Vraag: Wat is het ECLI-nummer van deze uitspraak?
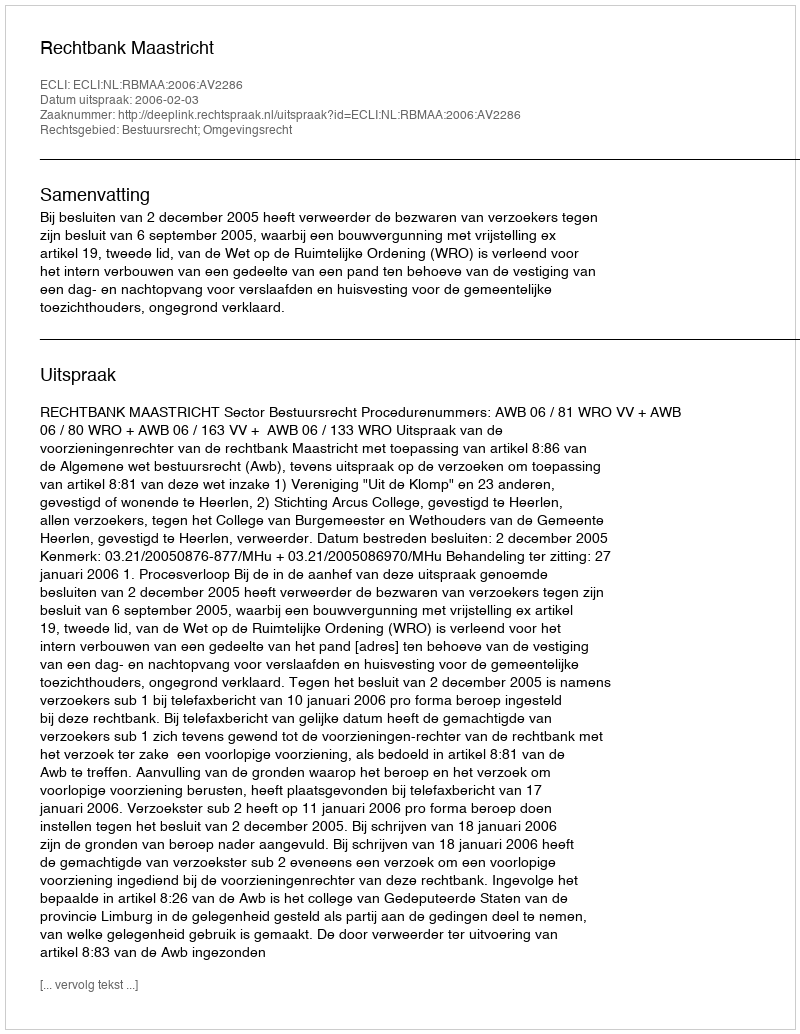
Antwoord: ECLI:NL:RBMAA:2006:AV2286